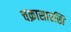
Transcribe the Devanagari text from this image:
चक्रासारखि